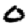
Digit: 0